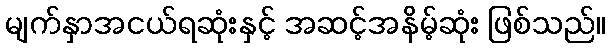
မျက်နှာအငယ်ရဆုံးနှင့် အဆင့်အနိမ့်ဆုံး ဖြစ်သည်။